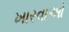
ખારવાઓ